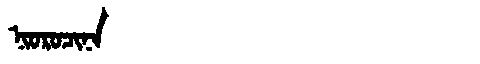
Manchu: ᠨᡳᠣᡵᠣᠴᡳᠨᠠ
Romanization: NIOROCINA